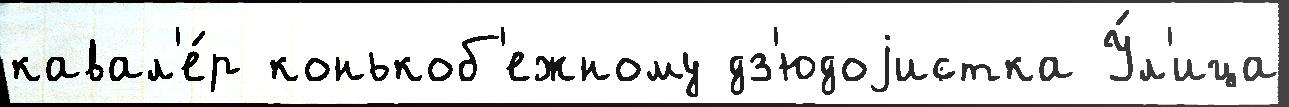
кавал'е́р конькоб'ежному дз'юдоjистка У́л'ица